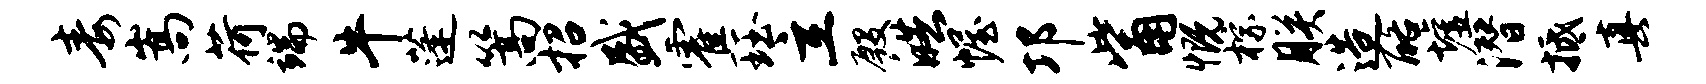
毒嵩荷端牛蓬篙招盛霍珏立殷皓幄邛觜慨棕朕造酪墟潜抵真